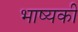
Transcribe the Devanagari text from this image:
भाष्यकी